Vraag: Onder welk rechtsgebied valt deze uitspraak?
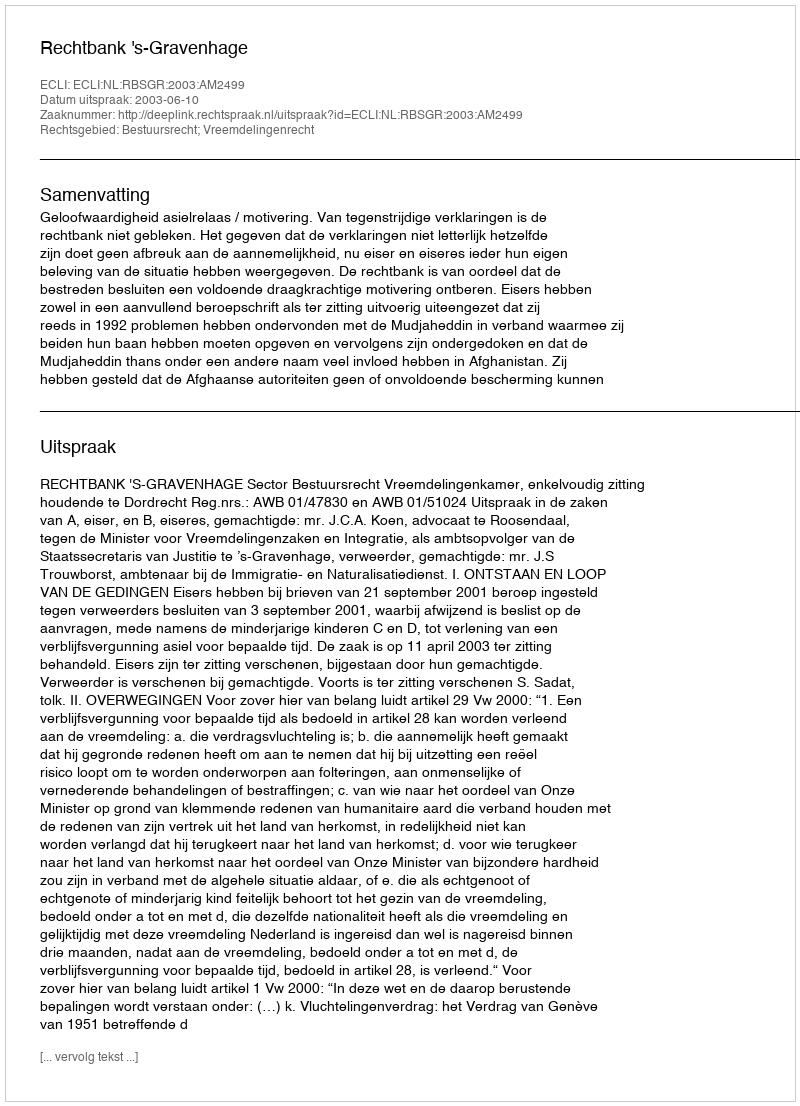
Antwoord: Bestuursrecht; Vreemdelingenrecht